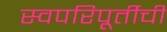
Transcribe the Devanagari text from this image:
स्वपरिपूर्तीची